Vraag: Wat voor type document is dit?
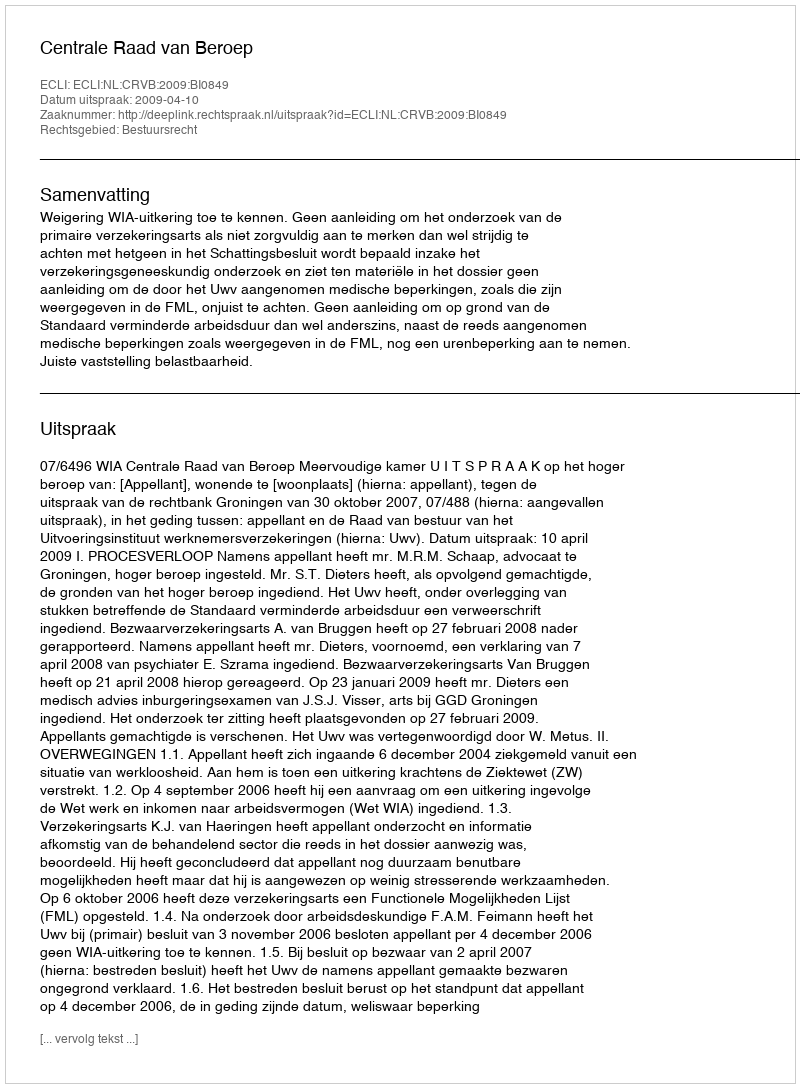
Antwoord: Uitspraak